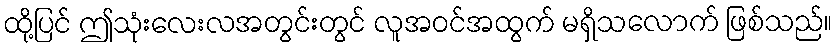
ထို့ပြင် ဤသုံးလေးလအတွင်းတွင် လူအဝင်အထွက် မရှိသလောက် ဖြစ်သည်။